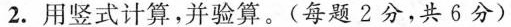
2.用竖式计算，并验算。(每题2分，共6分)